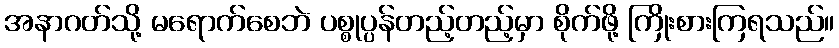
အနာဂတ်သို့ မရောက်စေဘဲ ပစ္စုပ္ပန်တည့်တည့်မှာ စိုက်ဖို့ ကြိုးစားကြရသည်။